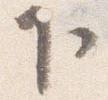
下